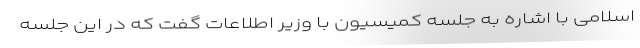
اسلامی با اشاره به جلسه کمیسیون با وزیر اطلاعات گفت که در این جلسه